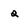
Character: Q